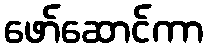
ဖော်ဆောင်ကာ